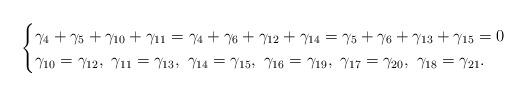
LaTeX: \begin{align*} \begin{cases}\gamma_{4} + \gamma_{5} + \gamma_{10} + \gamma_{11}= \gamma_{4} + \gamma_{6} + \gamma_{12} + \gamma_{14} = \gamma_{5} + \gamma_{6} + \gamma_{13} + \gamma_{15} =0\\\gamma_{10} = \gamma_{12},\ \gamma_{11} = \gamma_{13},\ \gamma_{14} = \gamma_{15},\ \gamma_{16} = \gamma_{19},\ \gamma_{17} = \gamma_{20},\ \gamma_{18} = \gamma_{21}. \end{cases}\end{align*}